Indian journal of veterinary science and animal husbandry - Volume 2,
Year: 1932
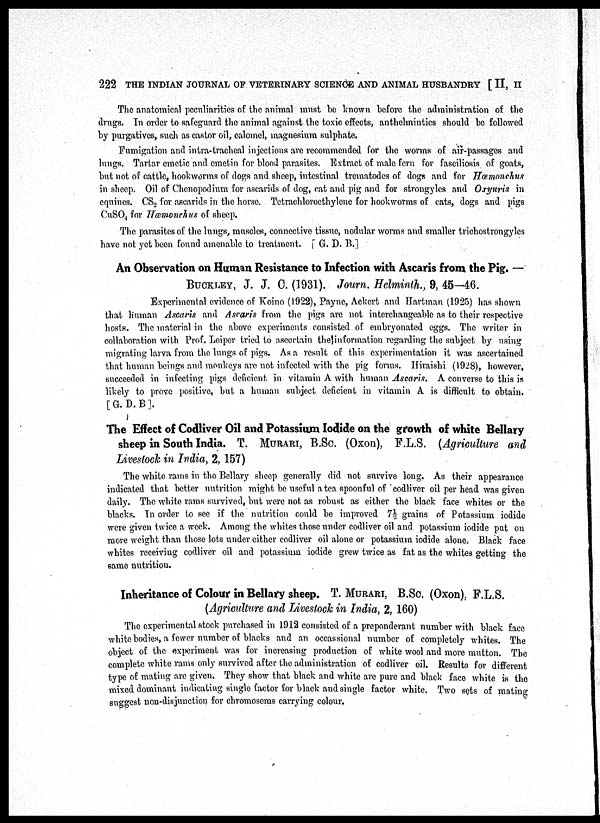
222 THE INDIAN JOURNAL OF VETERINARY SCIENCE AND ANIMAL HUSBANDRY [ II, II
The anatomical peculiarities of the animal must be known before the administration of the
drugs. In order to safeguard the animal against the toxic effects, anthelmintics should be followed
by purgatives, such as castor oil, calomel, magnesium sulphate.
Fumigation and intra-tracheal injections are recommended for the worms of air-passages and
lungs. Tartar emetic and emetin for blood parasites. Extract of male fern for fasciliosis of goats,
but not of cattle, hookworms of dogs and sheep, intestinal trematodes of dogs and for Hœmonchus
in sheep. Oil of Chenopodium for ascarids of dog, cat and pig and for strongyles and Oxyuris in
equines. CS 2 for ascarids in the horse. Tetrachloroethylene for hookworms of cats, dogs and pigs
CuSO 4 for Hœmonchus of sheep.
The parasites of the lungs, muscles, connective tissue, nodular worms and smaller trichostrongyles
have not yet been found amenable to treatment. [ G. D. B.]
An Observation on Human Resistance to Infection with Ascaris from the Pig. —
BUCKLEY, J. J. 0. (1931). Journ. Helminth., 9, 45—46.
Experimental evidence of Koino (1922), Payne, Ackert and Hartman (1925) has shown
that human Ascaris and Ascaris from the pigs are not interchangeable as to their respective
hosts. The material in the above experiments consisted of embryonated eggs. The writer in
collaboration with Prof. Leiper tried to ascertain the information regarding the subject by using
migrating larva from the lungs of pigs. As a result of this experimentation it was ascertained
that human beings and monkeys are not infected with the pig forms. Hiraishi (1928), however,
succeeded in infecting pigs deficient in vitamin A with human Ascaris. A converse to this is
likely to prove positive, but a human subject deficient in vitamin A is difficult to obtain.
[G. D. B].
The Effect of Codliver Oil and Potassium Iodide on the growth of white Bellary
sheep in South India. T. MURARI, B.Sc. (Oxon), F.L.S. (Agriculture and
Livestock in India, 2, 157)
The white rams in the Bellary sheep generally did not survive long. As their appearance
indicated that better nutrition might be useful a tea spoonful of codliver oil per head was given
daily. The white rams survived, but were not as robust as either the black face whites or the
blacks. In order to see if the nutrition could be improved 7½ grains of Potassium iodide
were given twice a week. Among the whites those under codliver oil and potassium iodide put on
more weight than those lots under either codliver oil alone or potassium iodide alone. Black face
whites receiving codliver oil and potassium iodide grew twice as fat as the whites getting the
same nutrition.
Inheritance of Colour in Bellary sheep. T. MURARI, B.Sc. (Oxon), F.L.S.
(Agriculture and Livestock in India, 2, 160)
The experimental stock purchased in 1912 consisted of a preponderant number with black face
white bodies, a fewer number of blacks and an occassional number of completely whites. The
object of the experiment was for increasing production of white wool and more mutton. The
complete white rams only survived after the administration of codliver oil. Results for different
type of mating are given. They show that black and white are pure and black face white is the
mixed dominant indicating single factor for black and single factor white. Two sets of mating
suggest non-disjunction for chromosems carrying colour.